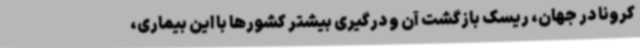
کرونا در جهان، ریسک بازگشت آن و درگیری بیشتر کشورها با این بیماری،